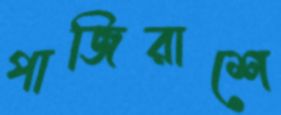
পাজিরাশে